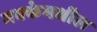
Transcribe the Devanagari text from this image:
मक्केमधील